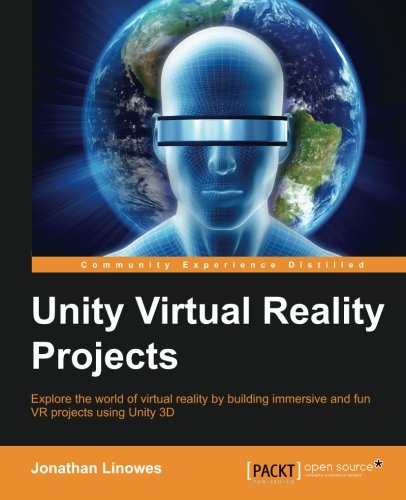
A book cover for Unity Virtual Reality Projects; Jonathan Linowes; Computers & Technology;